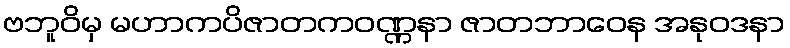
ဗဘူဝိမှ မဟာကပိဇာတကဝဏ္ဏနာ ဇာတဘာဝေန အနုဝဒနာ